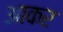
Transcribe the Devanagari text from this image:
अाकर